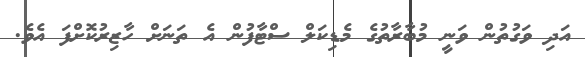
އަދި ވަގުތުން ވަނީ މުބާރާތުގެ މެޑިކަލް ސްޓާފުން އެ ތަނަށް ހާޒިރުކޮށްފަ އެވެ.